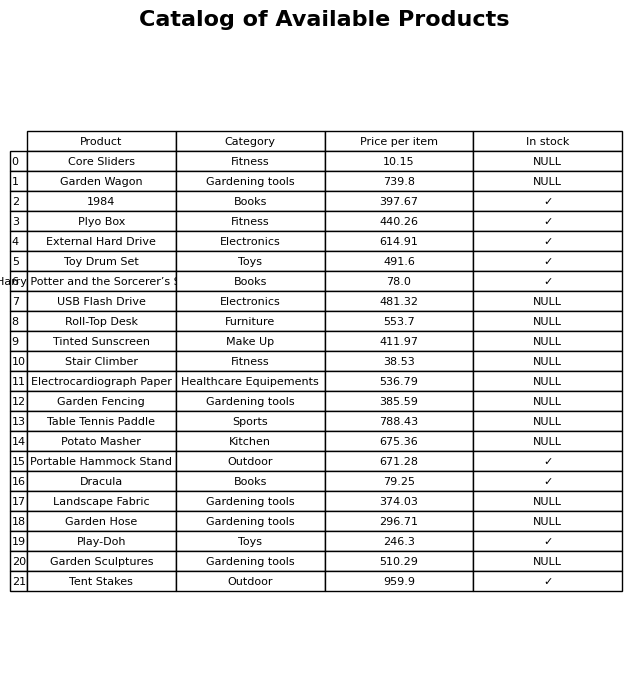
question: Is the Play-Doh in stock?
answer: ✓